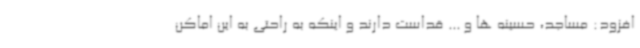
افزود: مساجد، حسینه ها و ... قداست دارند و اینکه به راحتی به این اماکن